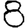
Digit: 8